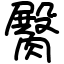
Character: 臋